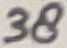
Text: 38